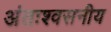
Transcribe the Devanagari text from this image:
अंतःश्वसनीय